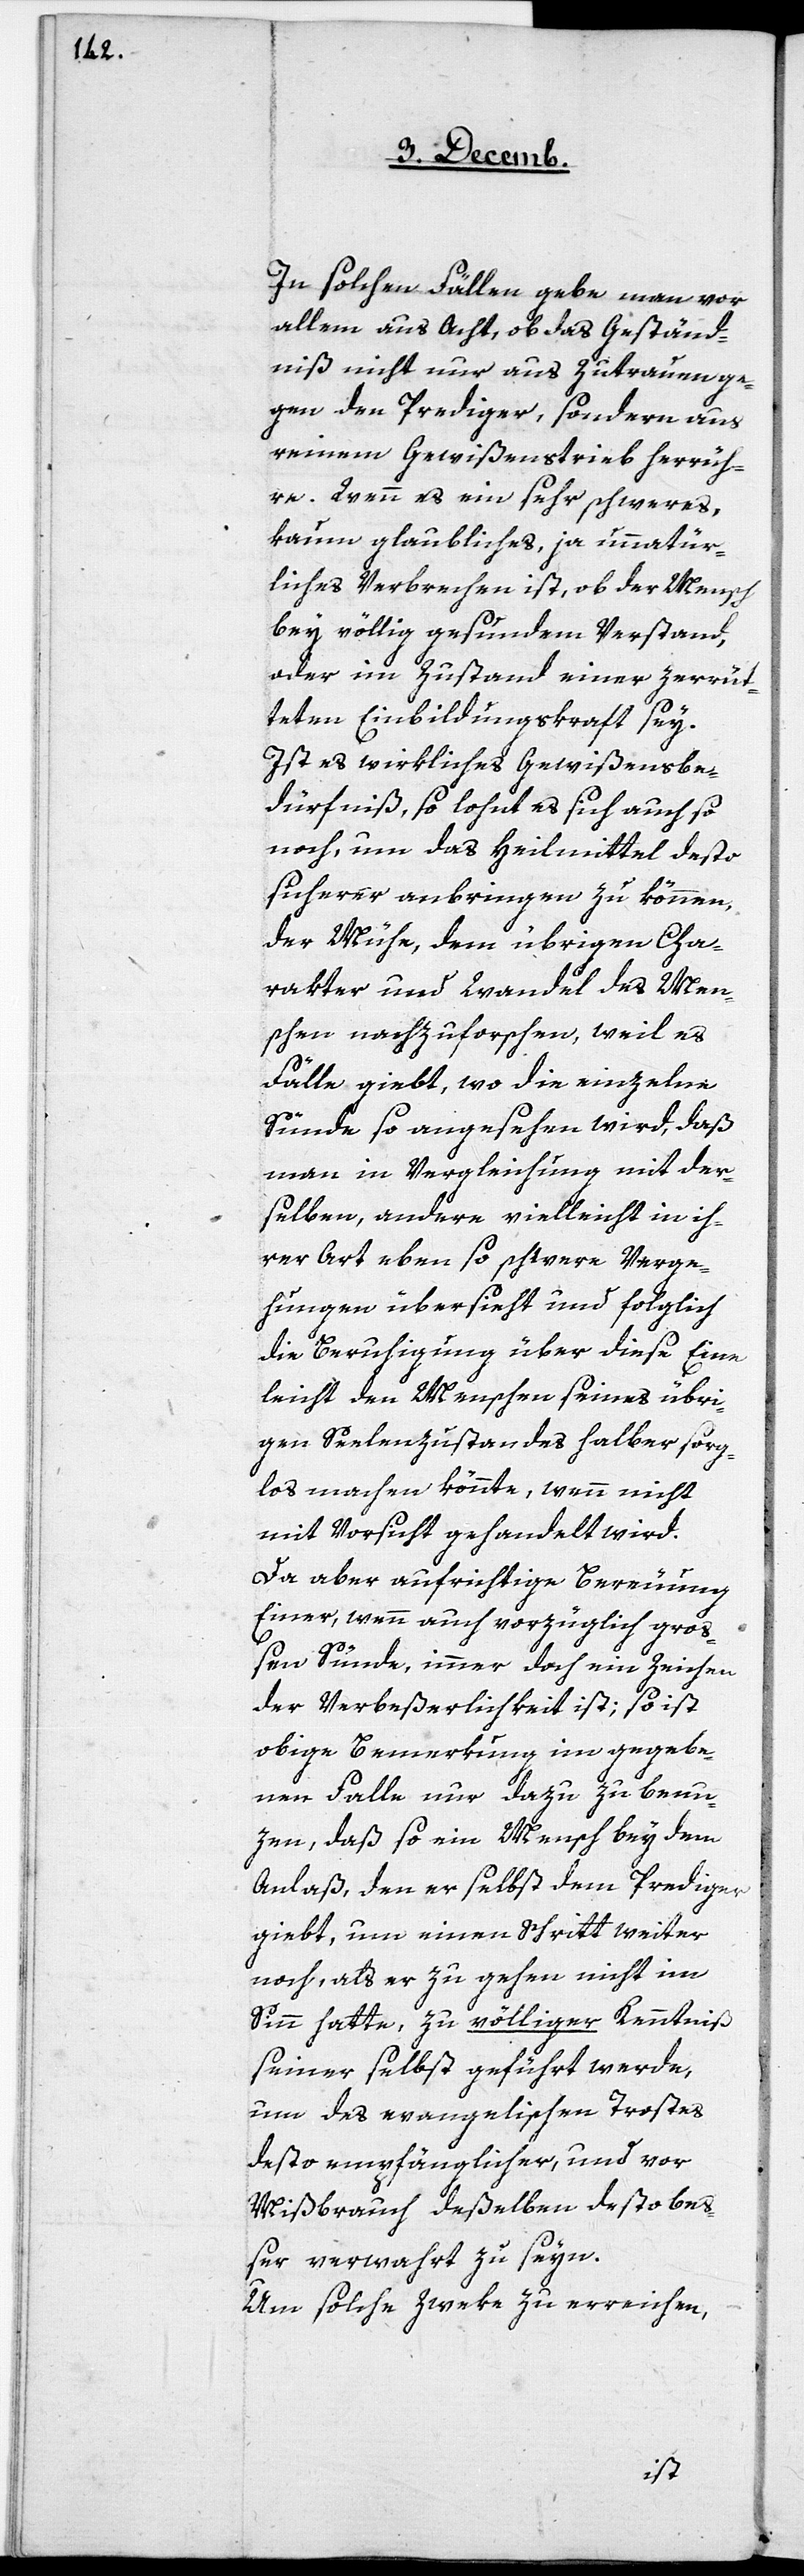
In solchen Fällen gebe man vor
allem aus Acht, ob das Geständ¬
niß nicht nur aus Zutrauen ge¬
gen den Prediger, sondern aus
reinem Gewißenstrieb herrüh¬
re. Wenn es ein sehr schweres,
kaum glaubliches, ja unnatür¬
liches Verbrechen ist, ob der Mensch
bey völlig gesundem Verstand,
oder im Zustand einer zerrüt¬
teten Einbildungskraft sey.
Ist es wirkliches Gewißensbe¬
dürfniß, so lohnt es sich auch so
noch, um das Heilmittel desto
sicherer anbringen zu können,
der Mühe, dem übrigen Cha¬
rakter und Wandel des Men¬
schen nachzuforschen, weil es
Fälle giebt, wo die einzelne
Sünde so angesehen wird, daß
man in Vergleichung mit der¬
selben, andere vielleicht in ih¬
rer Art eben so schwere Verge¬
hungen übersieht und folglich
die Beruhigung über diese Eine
leicht den Menschen seines übri¬
gen Seelenzustandes halber sorg¬
los machen könnte, wenn nicht
mit Vorsicht gehandelt wird.
Da aber aufrichtige Bereuung
Einer, wenn auch vorzüglich gro¬
ßen Sünde, immer doch ein Zeichen
der Verbeßerlichkeit ist; so ist
obige Bemerkung im gegebe¬
nen Falle nur dazu zu benu¬
zen, daß so ein Mensch bey dem
Anlaß, den er selbst dem Prediger
giebt, um einen Schritt weiter
noch, als er zu gehen nicht im
Sinn hatte, zu völliger Kenntniß
seiner selbst geführt werde,
um des evangelischen Trostes
desto empfänglicher, und vor
Mißbrauch deßelben desto be¬
ßer verwahrt zu seyn.
Um solche Zweke zu erreichen,